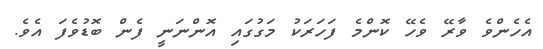
އެހެންވެ ވާރޭ ވެހޭ ކޮންމެ ފަހަރަކު މަގުގައި އޮންނަނީ ފެން ބޮޑުވެފަ އެވެ.